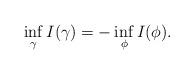
LaTeX: \begin{align*}\inf_\gamma I(\gamma) = -\inf_\phi I(\phi). \end{align*}